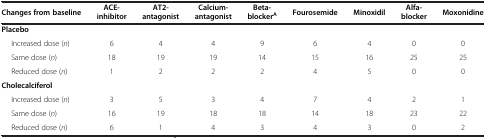
| Changes from baseline | ACE-inhibitor | AT2-antagonist | Calcium-antagonist | Beta-blockerA | Fourosemide | Minoxidil | Alfa-blocker | Moxonidine |
 | --- | --- | --- | --- | --- | --- | --- | --- | --- |
 | Placebo |  |  |  |  |  |  |  |  |
 | Increased dose (n) | 6 | 4 | 4 | 9 | 6 | 4 | 0 | 0 |
 | Same dose (n) | 18 | 19 | 19 | 14 | 15 | 16 | 25 | 25 |
 | Reduced dose (n) | 1 | 2 | 2 | 2 | 4 | 5 | 0 | 0 |
 | Cholecalciferol |  |  |  |  |  |  |  |  |
 | Increased dose (n) | 3 | 5 | 3 | 4 | 7 | 4 | 2 | 1 |
 | Same dose (n) | 16 | 19 | 18 | 18 | 14 | 18 | 23 | 22 |
 | Reduced dose (n) | 6 | 1 | 4 | 3 | 4 | 3 | 0 | 2 |